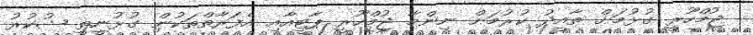
ޖުމްހޫރީ ގުޅުމަށް ތާއީދު ކުރުމަށް ނިންމާ ޖުމްހޫރީ ޕާޓީއާއި އެފަރާތްތަކުން ގުޅުނީތީ ޝުކުރު